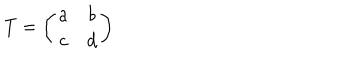
LaTeX: T = \left( \begin{array} { c c } { { a } } & { { b } } \\ { { c } } & { { d } } \\ \end{array} \right)